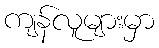
ကျန်လူများမှာ